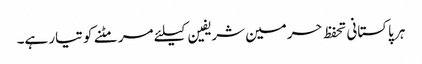
ہر پاکستانی تحفظ حرمین شریفین کیلئے مر مٹنے کو تیار ہے۔